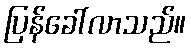
ပြန်ခေါ်လာသည်။